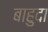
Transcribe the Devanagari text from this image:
बाहुदा